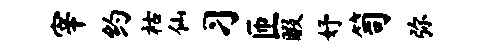
宰约祜仙习匝暇妤笥弥